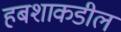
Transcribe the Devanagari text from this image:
हबशाकडील